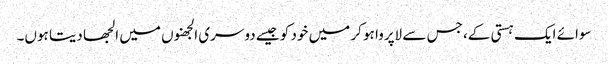
سوائے ایک ہستی کے، جس سے لاپروا ہو کر میں خود کو جیسے دوسری الجھنوں میں الجھا دیتا ہوں۔